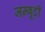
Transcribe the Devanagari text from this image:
जम्बूदी